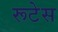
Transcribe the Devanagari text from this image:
रूटेस